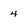
Character: 4